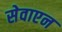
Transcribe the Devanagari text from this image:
सेवाएन